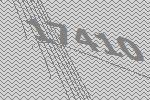
17410